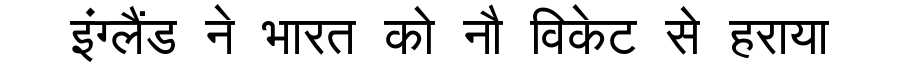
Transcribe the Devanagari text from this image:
इंग्लैंड ने भारत को नौ विकेट से हराया